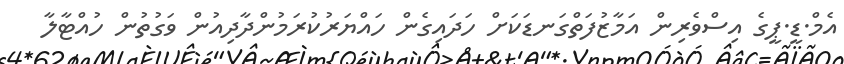
އެމް.ޑީ.ޕީގެ އިސްވެރިން އަމާޒުފަތްގަނޑަކަށް ހަދައިގެން ހައްޔަރުކުރަމުންދާދިއުން ވަގުތުން ހުއްޓާލާ